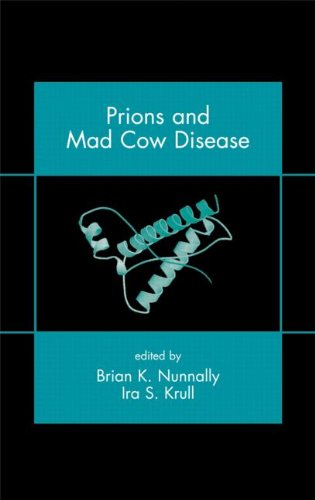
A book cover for Prions and Mad Cow Disease; Medical Books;